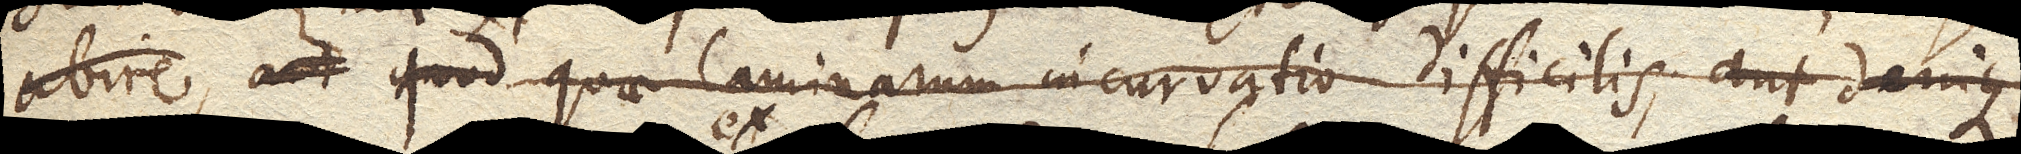
abire, aut ab ea abeat, aut quod quae laminarum incurvatio difficilis, aut denique